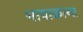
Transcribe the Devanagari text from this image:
भावाक्रान्त